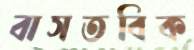
বাসতবিক